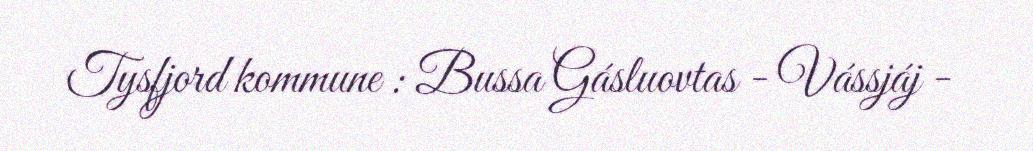
Tysfjord kommune : Bussa Gásluovtas - Vássjáj -